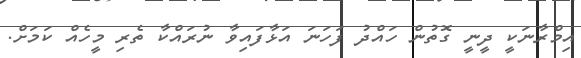
އިމްރާނަކީ ދީނީ ގޮތުން ހައްދު ފަހަނަ އަޅާފައިވާ ނުރައްކާ ތެރި މީހެއް ކަމަށް.